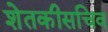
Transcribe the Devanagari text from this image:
शेतकीसचिव